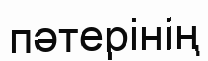
пәтерінің